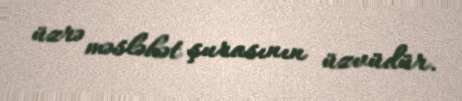
üzrə məsləhət şurasının üzvüdür.